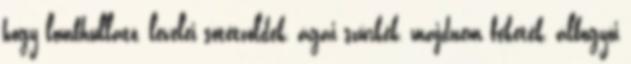
hogy lombhullató, levelei sötétzöldek, ágai szürkék, majdnem feketék, álbogyói